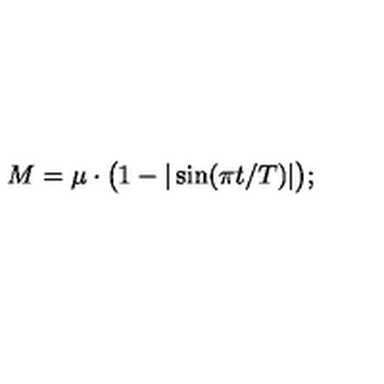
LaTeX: M = \mu \cdot \bigl ( 1 - | \sin ( \pi t / T ) | \bigr ) ;